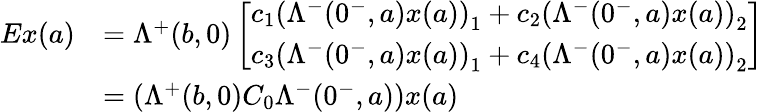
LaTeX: \begin{array}{rl}{Ex(a)}&{=\Lambda^{+}(b,0)\left[\begin{array}{l}{c_{1}\left(\Lambda^{-}(0^{-},a)x(a)\right)_{1}+c_{2}\left(\Lambda^{-}(0^{-},a)x(a)\right)_{2}}\\ {c_{3}\left(\Lambda^{-}(0^{-},a)x(a)\right)_{1}+c_{4}\left(\Lambda^{-}(0^{-},a)x(a)\right)_{2}}\end{array}\right]}\\ &{=\left(\Lambda^{+}(b,0)C_{0}\Lambda^{-}(0^{-},a)\right)x(a)}\end{array}